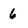
Character: 6